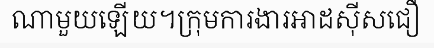
ណាមួយឡើយ។ក្រុមការងារអាដស៊ីសជឿ